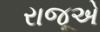
રાજૂએ